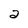
Character: 2